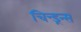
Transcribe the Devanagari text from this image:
चिन्ड्रन्स